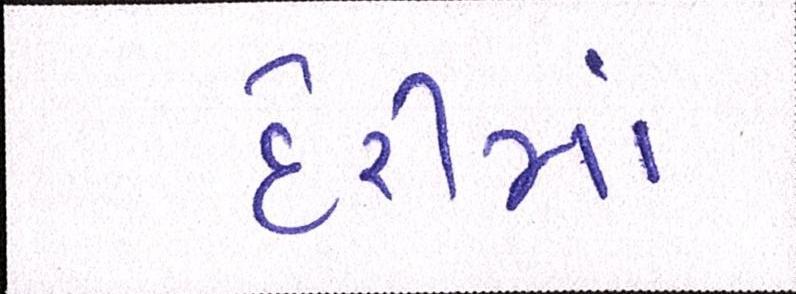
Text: દેરીમાં